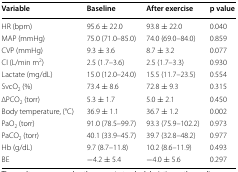
| Variable | Baseline | After exercise | p value |
 | --- | --- | --- | --- |
 | HR (bpm) | 95.6 ± 22.0 | 93.8 ± 22.0 | 0.040 |
 | MAP (mmHg) | 75.0 (71.0–85.0) | 74.0 (69.0–84.0) | 0.859 |
 | CVP (mmHg) | 9.3 ± 3.6 | 8.7 ± 3.2 | 0.077 |
 | CI (L/min m2) | 2.5 (1.7–3.6) | 2.5 (1.7–3.3) | 0.930 |
 | Lactate (mg/dL) | 15.0 (12.0–24.0) | 15.5 (11.7–23.5) | 0.554 |
 | SvcO2 (%) | 73.4 ± 8.6 | 72.8 ± 9.3 | 0.315 |
 | ∆PCO2 (torr) | 5.3 ± 1.7 | 5.0 ± 2.1 | 0.450 |
 | Body temperature, (°C) | 36.9 ± 1.1 | 36.7 ± 1.2 | 0.002 |
 | PaO2 (torr) | 91.0 (78.5–99.7) | 93.3 (75.9–102.2) | 0.973 |
 | PaCO2 (torr) | 40.1 (33.9–45.7) | 39.7 (32.8–48.2) | 0.977 |
 | Hb (g/dL) | 9.7 (8.7–11.8) | 10.2 (8.6–11.9) | 0.493 |
 | BE | −4.2 ± 5.4 | −4.0 ± 5.6 | 0.297 |